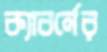
ক্যাবর্নের